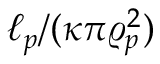
\ell _ { p } / ( \kappa \pi \varrho _ { p } ^ { 2 } )